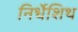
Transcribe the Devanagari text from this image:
निर्धेशिथ